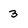
Character: 3